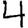
Digit: 4